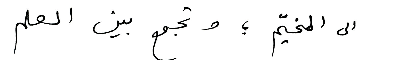
الى المخيّم؛ وتجمع بين العلم